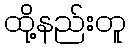
ထို့နည်းတူ